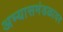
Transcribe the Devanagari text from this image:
अभ्यासमंडळावर